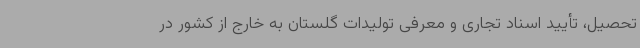
تحصیل، تأیید اسناد تجاری و معرفی تولیدات گلستان به خارج از کشور در